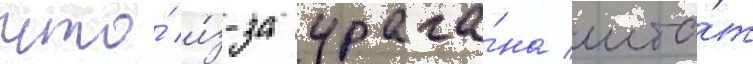
что́ и́з-за урага́на шта́т